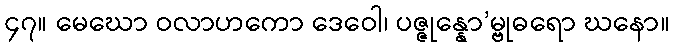
၄၇။ မေဃော ဝလာဟကော ဒေဝေါ၊ ပဇ္ဇုန္နော’မ္ဗုဓရော ဃနော။